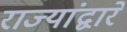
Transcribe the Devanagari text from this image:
राज्यांद्वारे